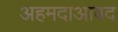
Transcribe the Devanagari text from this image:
अहमदाआबद